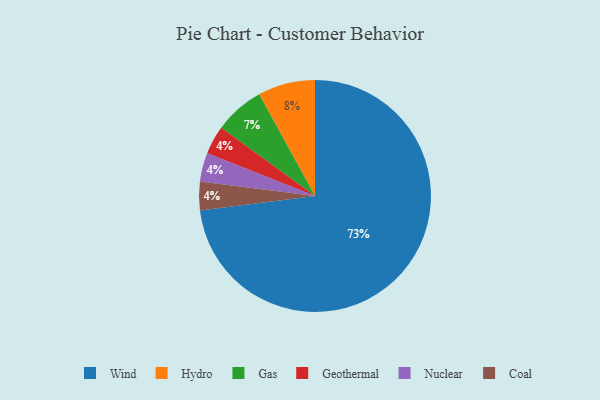
{"axis": {"x": "Category", "y": "Percentage"}, "legend": ["Coal", "Gas", "Geothermal", "Hydro", "Nuclear", "Wind"], "data": [{"x": "Hydro", "y": 8, "type": "Hydro"}, {"x": "Geothermal", "y": 4, "type": "Geothermal"}, {"x": "Gas", "y": 7, "type": "Gas"}, {"x": "Wind", "y": 73, "type": "Wind"}, {"x": "Nuclear", "y": 4, "type": "Nuclear"}, {"x": "Coal", "y": 4, "type": "Coal"}]}